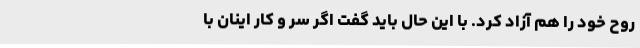
روح خود را هم آزاد کرد. با این حال باید گفت اگر سر و کار اینان با